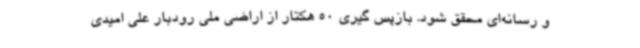
و رسانه‌ای محقق شود. بازپس گیری 50 هکتار از اراضی ملی رودبار علی امیدی